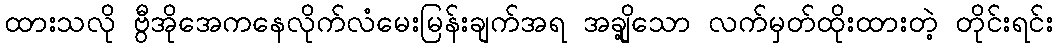
ထားသလို ဗွီအိုအေကနေလိုက်လံမေးမြန်းချက်အရ အချို့သော လက်မှတ်ထိုးထားတဲ့ တိုင်းရင်း